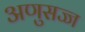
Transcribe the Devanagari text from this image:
अणुसज्ज